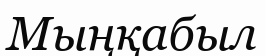
Мыңқабыл